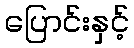
ပြောင်းနှင့်